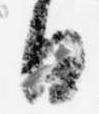
日